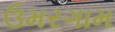
ઉમરગામ